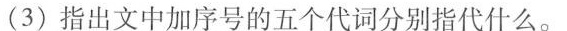
3)指出文中加序号的五个代词分别指代什么。